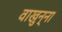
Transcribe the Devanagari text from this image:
वाखुन्ना